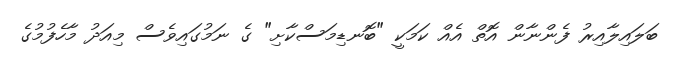
ބަލައިލާއިރު ފެންނާން އޮތް އެއް ކަމަކީ "ބޮނޑިމަސްކާށި" ގެ ނަމުގައިވެސް މިއަދު މާހެފުމުގެ